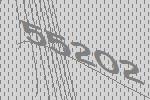
55202